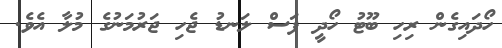
ހޯދައިގެން ރިހި ބޫޓު ހޯދީ ފަސް ލަނޑު ޖެހި ޖަރުމަނުގެ މުލާ އެވެ.